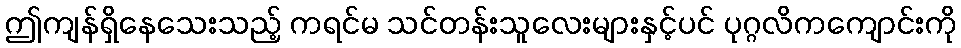
ဤကျန်ရှိနေသေးသည့် ကရင်မ သင်တန်းသူလေးများနှင့်ပင် ပုဂ္ဂလိကကျောင်းကို